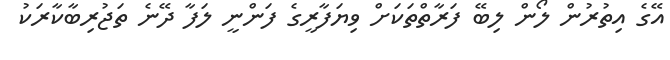
އޭގެ އިތުރުން ލޯން ލިބޭ ފަރާތްތަކަށް ވިޔަފާރީގެ ފަންނީ ލަފާ ދޭނެ ތަޖުރިބާކާރަކު